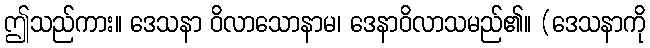
ဤသည်ကား။ ဒေသနာ ဝိလာသောနာမ၊ ဒေနာဝိလာသမည်၏။ (ဒေသနာကို